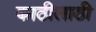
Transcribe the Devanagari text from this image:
काठीलाठी